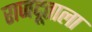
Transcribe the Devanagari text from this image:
राजदूताला